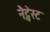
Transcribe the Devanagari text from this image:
नैट्वेस्ट